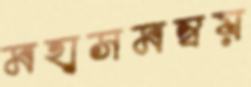
মহাসমন্বয়